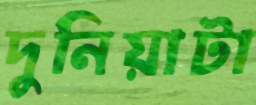
দুনিয়াটা